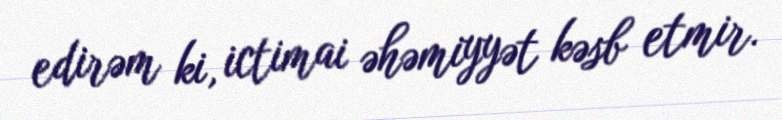
edirəm ki, ictimai əhəmiyyət kəsb etmir.